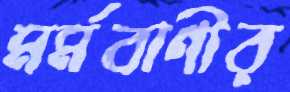
মর্মবাণীর